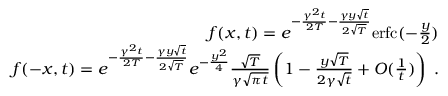
\begin{array} { r l r } & { } & { f ( x , t ) = e ^ { - \frac { \gamma ^ { 2 } t } { 2 T } - \frac { \gamma y \sqrt { t } } { 2 \sqrt { T } } } \mathrm { e r f c } ( - \frac { y } { 2 } ) } \\ & { } & { f ( - x , t ) = e ^ { - \frac { \gamma ^ { 2 } t } { 2 T } - \frac { \gamma y \sqrt { t } } { 2 \sqrt { T } } } e ^ { - \frac { y ^ { 2 } } { 4 } } \frac { \sqrt { T } } { \gamma \sqrt { \pi t } } \left( 1 - \frac { y \sqrt { T } } { 2 \gamma \sqrt { t } } + O ( \frac { 1 } { t } ) \right) \; . } \end{array}